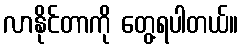
လာနိုင်တာကို တွေ့ရပါတယ်။